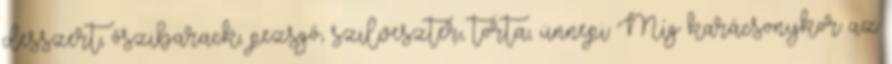
desszert, őszibarack, pezsgő, szilveszter, torta, ünnepi Míg karácsonykor az